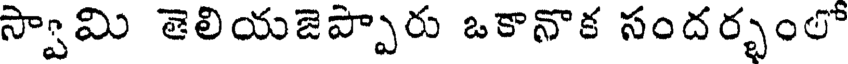
స్వామి తెలియజెప్పారు ఒకానొక సందర్భంలో